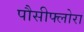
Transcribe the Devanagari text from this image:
पौसीफ्लोरा